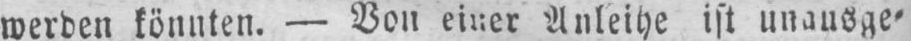
werden könnten. - Von einer Anleihe ist unausge⸗